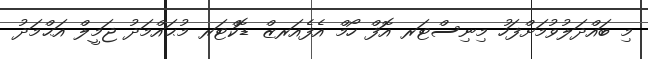
މި ބައްދަލުވުމަށްފަހު މިނިސްޓަރ އޮފް ހޯމް އެފެއަރޒް ޑޮކްޓަރ މުޙައްމަދު ޖަމީލް އަޙްމަދު